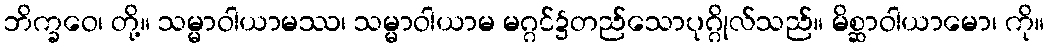
ဘိက္ခဝေ၊ တို့။ သမ္မာဝါယာမဿ၊ သမ္မာဝါယာမ မဂ္ဂင်၌တည်သောပုဂ္ဂိုလ်သည်။ မိစ္ဆာဝါယာမော၊ ကို။